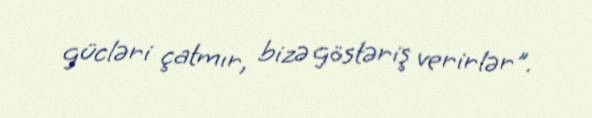
gücləri çatmır, bizə göstəriş verirlər".